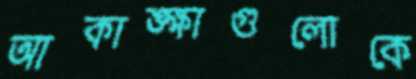
আকাঙ্ক্ষাগুলোকে